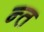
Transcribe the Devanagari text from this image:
न्त